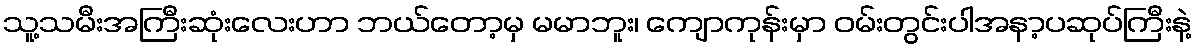
သူ့သမီးအကြီးဆုံးလေးဟာ ဘယ်တော့မှ မမာဘူး၊ ကျောကုန်းမှာ ဝမ်းတွင်းပါအနာ့ပဆုပ်ကြီးနဲ့